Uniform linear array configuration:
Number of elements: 4
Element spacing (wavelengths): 1
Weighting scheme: binomial
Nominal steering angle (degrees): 30
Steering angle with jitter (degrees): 29.551
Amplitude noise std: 0.05
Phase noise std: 0.05

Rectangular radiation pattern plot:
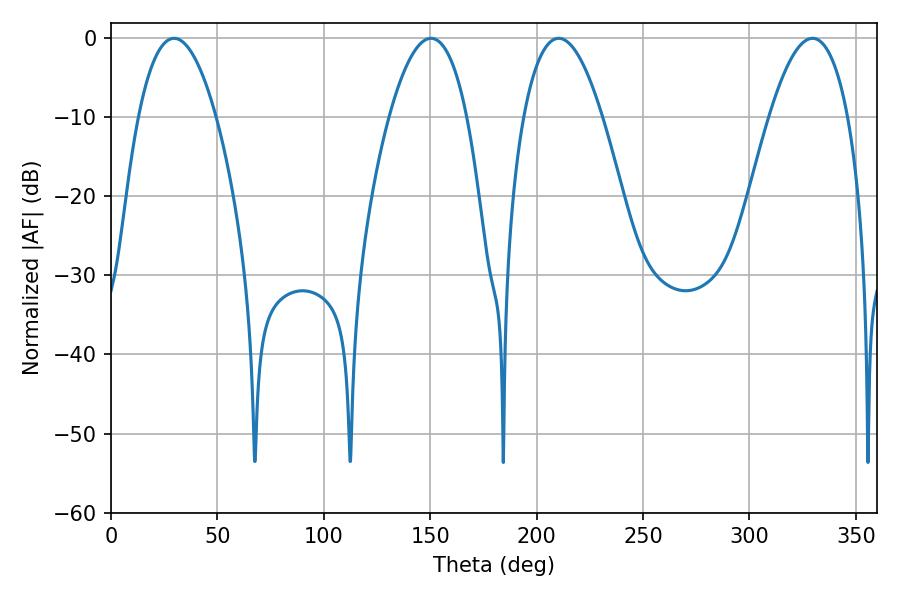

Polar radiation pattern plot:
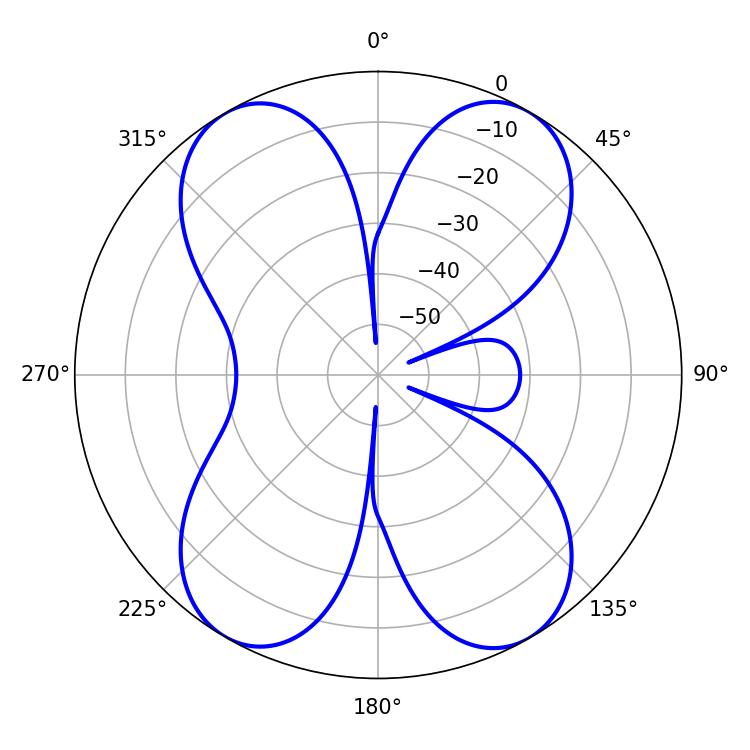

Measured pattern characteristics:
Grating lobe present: TRUE
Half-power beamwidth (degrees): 20.52
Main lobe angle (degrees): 210.42